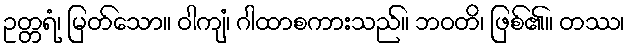
ဥတ္တရံ၊ မြတ်သော။ ဝါကျံ၊ ဂါထာစကားသည်။ ဘဝတိ၊ ဖြစ်၏။ တဿ၊